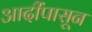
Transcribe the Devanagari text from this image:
आदींपासून